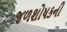
જળશોષકની